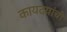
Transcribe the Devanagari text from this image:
कायदयांची